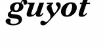
guyot